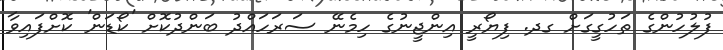
ފުލުހުންގެ ތަހުގީގަށް ގދ. ފިޔޯރީ އިންޖީނުގެ ހިމެނޭ ސަރަހައްދު ބަންދުކޮށް 'ކޯޑަން' ކޮށްފައިވާ